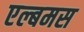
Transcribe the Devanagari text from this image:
एल्बमस